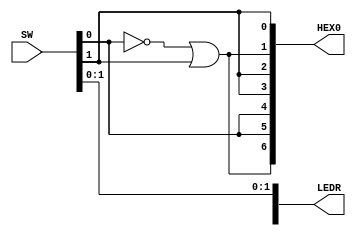
module part4(SW, LEDR, HEX0);
	input [9:0] SW;
	output [9:0] LEDR;
	output [0:6] HEX0;
	
	wire c0, c1;

	// Assigning c0, c1 to switches
	assign c0 = SW[0];
	assign c1 = SW[1];

	// Adding pretty lights
	assign LEDR[0] = c0;
	assign LEDR[1] = c1;
	
	// Assigning output values
	assign HEX0[0] = ~c0 | c1;
	assign HEX0[1] = c0;
	assign HEX0[2] = c0;
	assign HEX0[3] = c1;
	assign HEX0[4] = c1;
	assign HEX0[5] = ~c0 | c1;
	assign HEX0[6] = c1;
endmodule